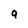
Character: 9